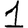
Digit: 1